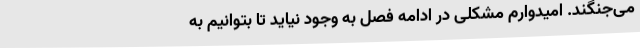
می‌جنگند. امیدوارم مشکلی در ادامه فصل به وجود نیاید تا بتوانیم به